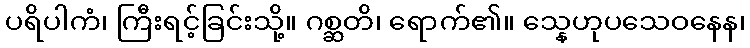
ပရိပါကံ၊ ကြီးရင့်ခြင်းသို့။ ဂစ္ဆတိ၊ ရောက်၏။ သ္နေဟုပသေဝနေန၊